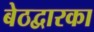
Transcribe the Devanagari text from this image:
बेठद्वारका